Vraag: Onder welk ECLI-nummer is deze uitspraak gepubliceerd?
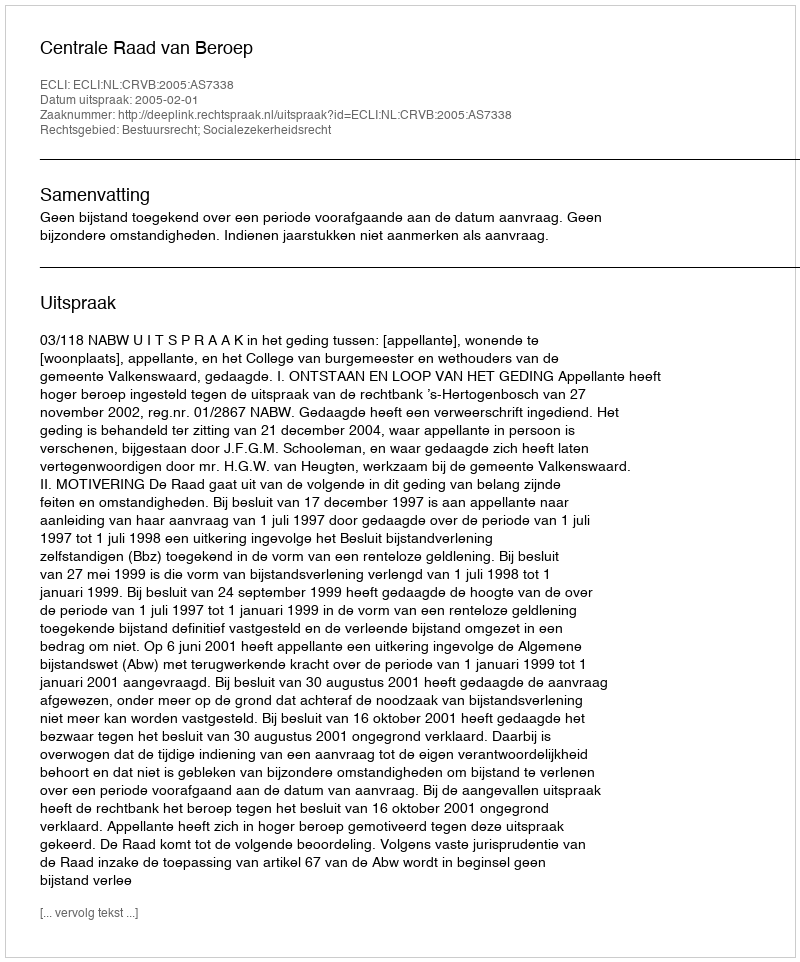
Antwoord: ECLI:NL:CRVB:2005:AS7338